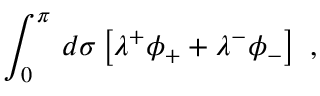
\int _ { 0 } ^ { \pi } \, d \sigma \left[ \lambda ^ { + } \phi _ { + } + \lambda ^ { - } \phi _ { - } \right] \ ,